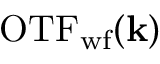
\mathrm { O T F } _ { \mathrm { w f } } ( \mathbf { k } )